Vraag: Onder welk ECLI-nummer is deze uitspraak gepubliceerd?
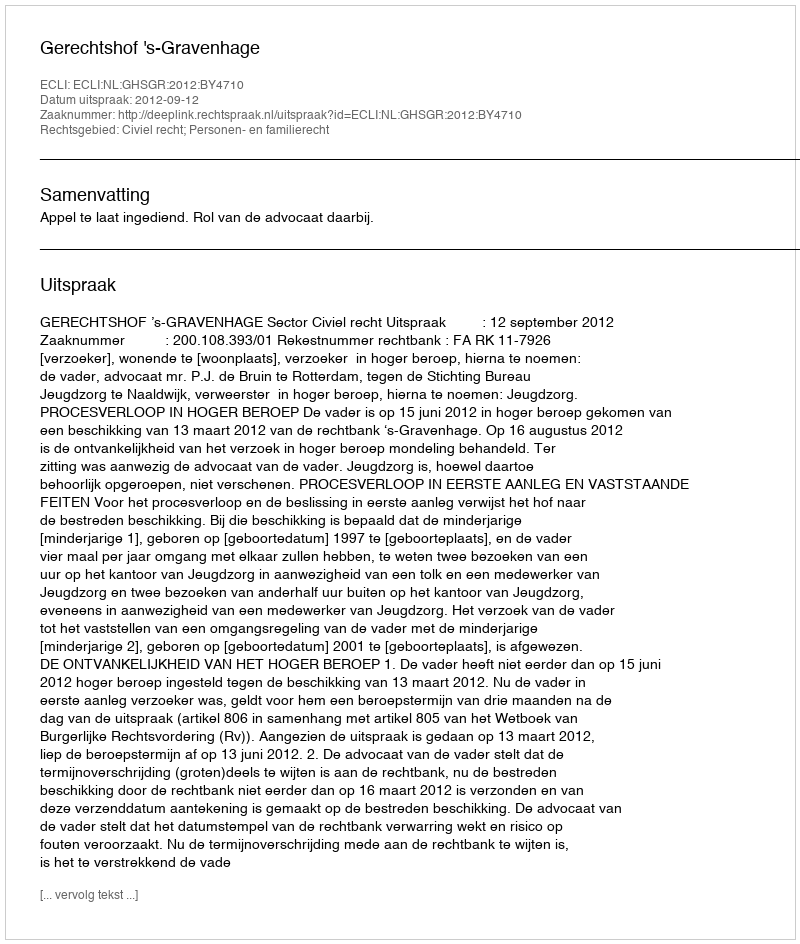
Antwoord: ECLI:NL:GHSGR:2012:BY4710